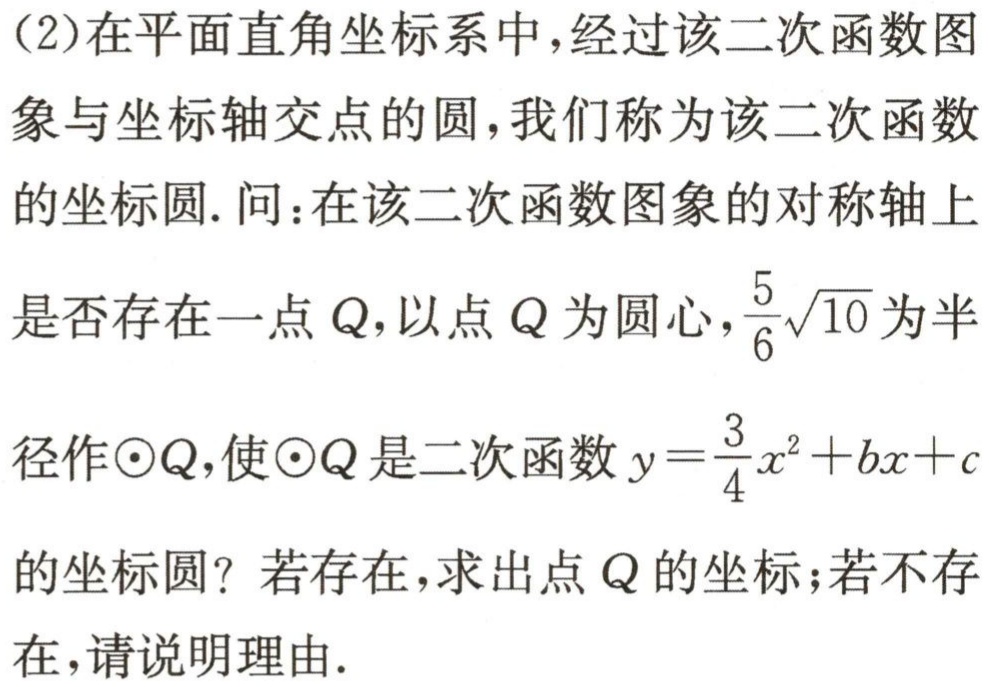
(2)在平面直角坐标系中，经过该二次函数图象与坐标轴交点的圆，我们称为该二次函数的坐标圆. 问：在该二次函数图象的对称轴上是否存在一点\(Q\)，以点\(Q\)为圆心，\(\frac{5}{6}\sqrt{10}\)为半径作\(\odot Q\)，使\(\odot Q\)是二次函数\(y = \frac{3}{4}x^{2}+bx + c\)的坐标圆？若存在，求出点\(Q\)的坐标；若不存在，请说明理由.